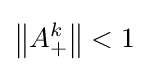
\left\|A_{+}^{k}\right\|<1